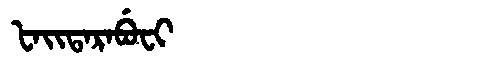
Manchu: ᡶᠠᡳᡨᠠᡵᠠᠪᡠᠸᡳ
Romanization: FAITARABUFI